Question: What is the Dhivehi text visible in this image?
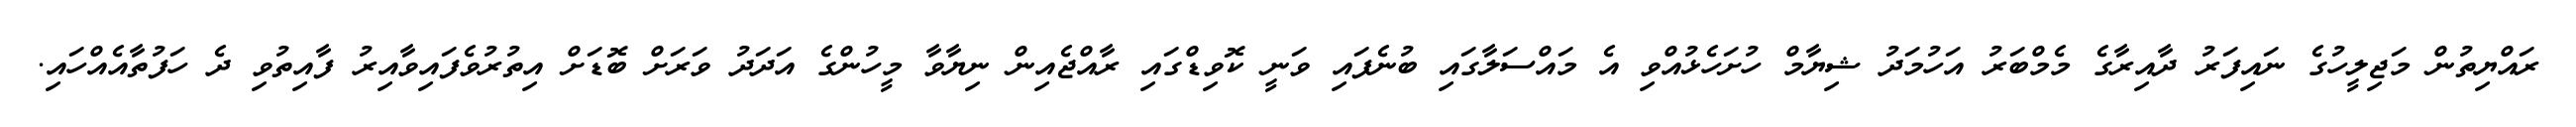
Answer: ރައްޔިތުން މަޖިލީހުގެ ނައިފަރު ދާއިރާގެ މެމްބަރު އަހުމަދު ޝިޔާމް ހުށަހެޅުއްވި އެ މައްސަލާގައި ބުނެފައި ވަނީ ކޮވިޑްގައި ރާއްޖެއިން ނިޔާވާ މީހުންގެ އަދަދު ވަރަށް ބޮޑަށް އިތުރުވެފައިވާއިރު ފާއިތުވި ދެ ހަފުތާއެއްހައި.